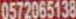
0572065138